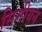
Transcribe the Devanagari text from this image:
सिमीयन